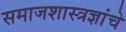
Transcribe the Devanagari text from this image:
समाजशास्त्रज्ञांचे